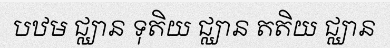
បឋម ជ្ឈាន ទុតិយ ជ្ឈាន តតិយ ជ្ឈាន